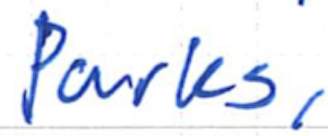
Text: Parks,
Cross-out: clean
Writing tool: ballpoint